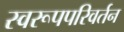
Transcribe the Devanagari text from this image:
स्वरूपपरिवर्तन